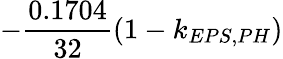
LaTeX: -\frac{0.1704}{32}(1-k_{EPS,PH})